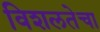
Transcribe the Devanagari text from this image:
विशलतेचा